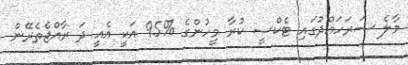
މާލެ ސަރަހައްދުގައި ޓެކްސީ ކުރާ މީހުންގެ %95 އަކީ އެއީ ދަ ރާއްޖެތެރޭން